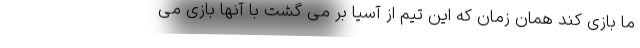
ما بازی کند همان زمان که این تیم از آسیا بر می گشت با آنها بازی می